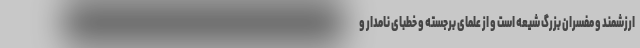
ارزشمند و مفسران بزرگ شیعه است و از علمای برجسته و خطبای نامدار و